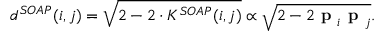
\centering d ^ { S O A P } ( i , j ) = \sqrt { 2 - 2 \cdot K ^ { S O A P } ( i , j ) } \propto \sqrt { 2 - 2 \textbf { p } _ { i } \textbf { p } _ { j } } .